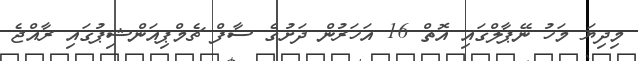
މިދިޔަ މަހު ނޭޕާލްގައި އޮތް 16 އަހަރުން ދަށުގެ ސާފް ޗެމްޕިއަންޝިޕުގައި ރާއްޖެ